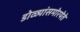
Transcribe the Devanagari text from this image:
डोळ्यांसमोरयेते